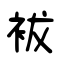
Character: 袚